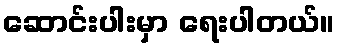
ဆောင်းပါးမှာ ရေးပါတယ်။